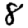
Digit: 8